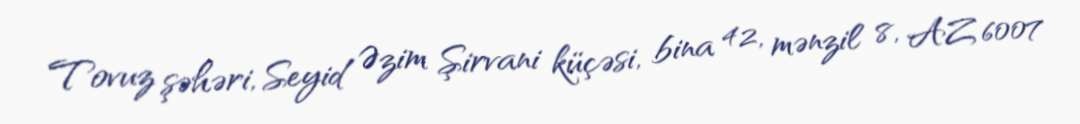
Tovuz şəhəri, Seyid Əzim Şirvani küçəsi, bina 42, mənzil 8, AZ 6007